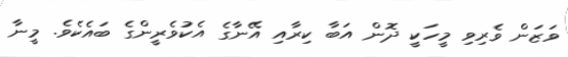
ވަޒަން ވެރިވި މީހަކީ ދޮން އަބާ ކިރާއި އޭނާގެ އެކުވެރީންގެ ބައެކެވެ. މީނާ